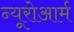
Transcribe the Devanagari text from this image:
न्यूरोआर्म